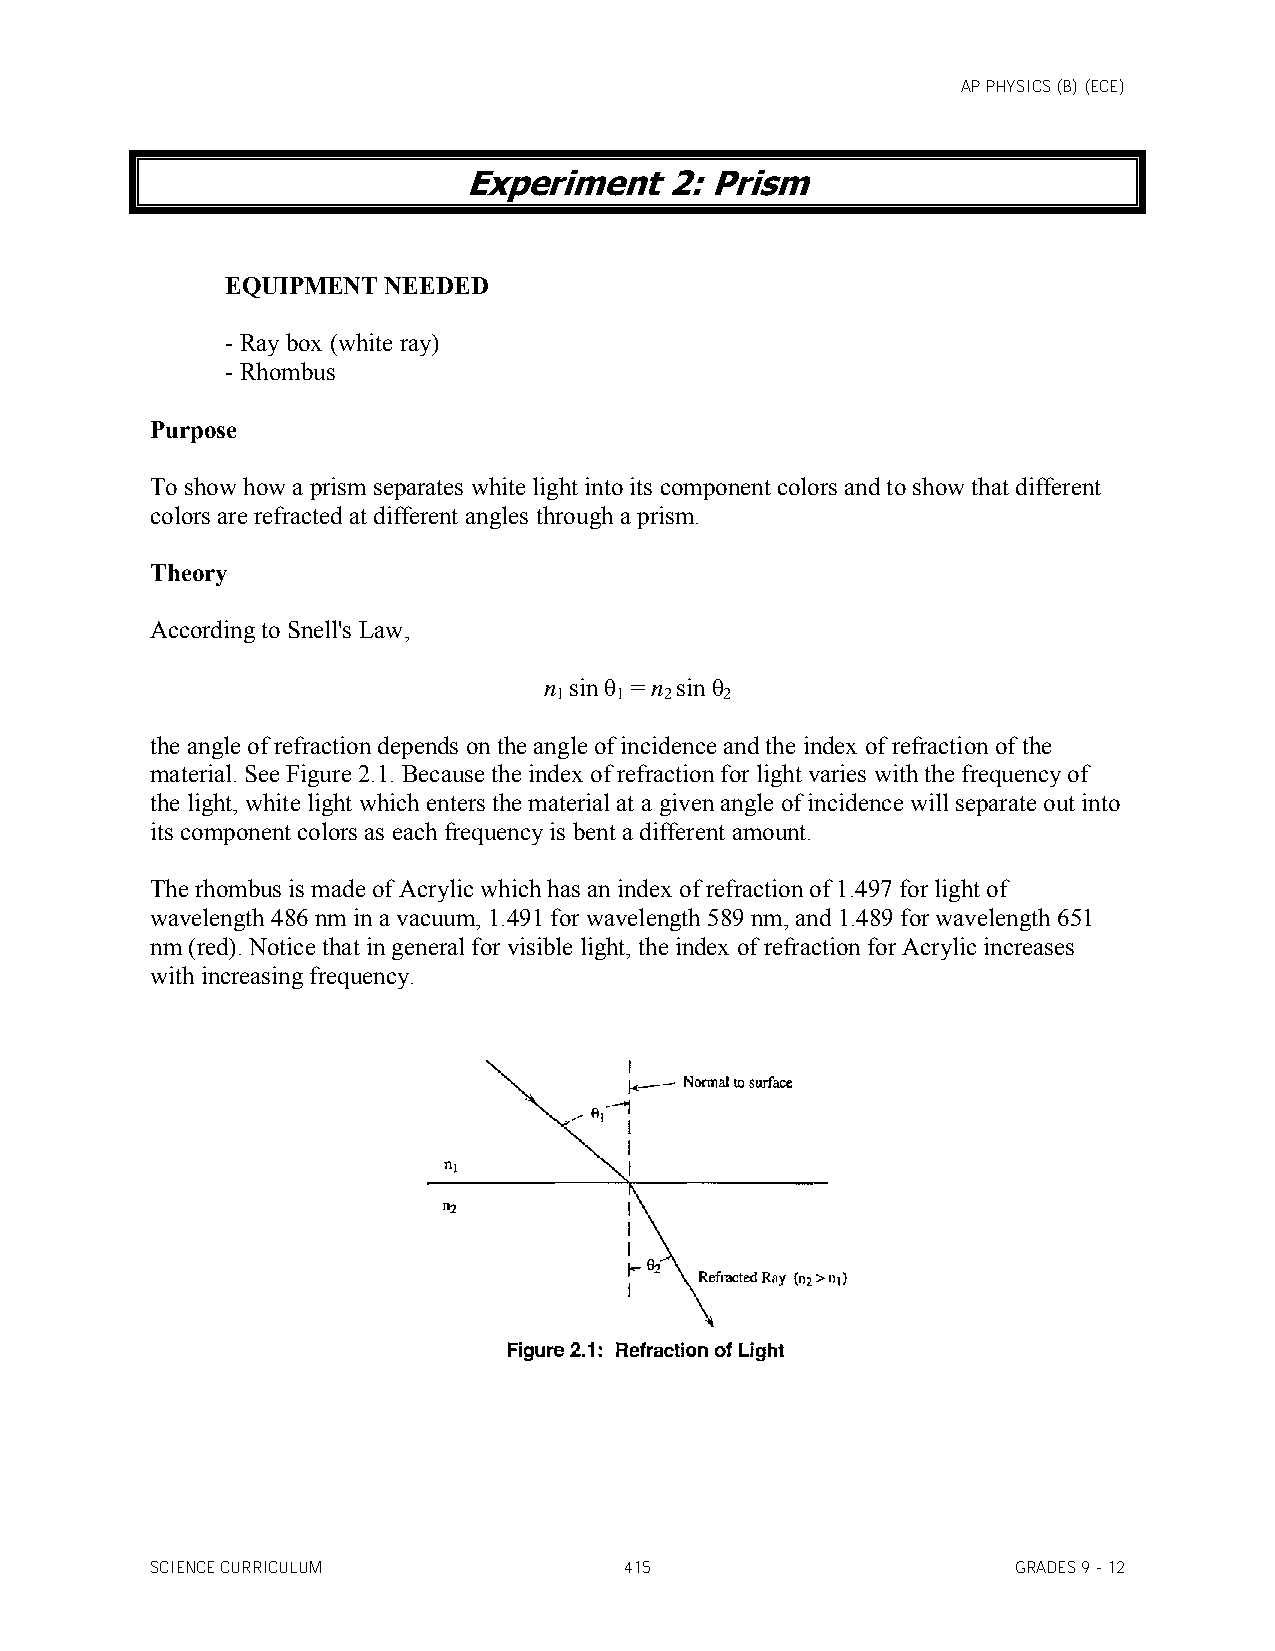
AP PHYSICS (B) (ECE)
 Experiment   2: Prism
 EQUIPMENT  NEEDED
 - Ray box (white ray)
 - Rhombus
 Purpose
 To show how a prism separates white light into its component colors and to show that different
 colors are refracted at different angles through a prism.
 Theory
 According to Snell's Law,
 n sin θ = n sin θ
 1   1  2   2
 the angle of refraction depends on the angle of incidence and the index of refraction of the
 material. See Figure 2.1. Because the index of refraction for light varies with the frequency of
 the light, white light which enters the material at a given angle of incidence will separate out into
 its component colors as each frequency is bent a different amount.
 The rhombus is made of Acrylic which has an index of refraction of 1.497 for light of
 wavelength 486 nm in a vacuum, 1.491 for wavelength 589 nm, and 1.489 for wavelength 651
 nm (red). Notice that in general for visible light, the index of refraction for Acrylic increases
 with increasing frequency.
 SCIENCE CURRICULUM             415                       GRADES 9 - 12